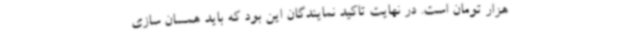
هزار تومان است. در نهایت تاکید نمایندگان این بود که باید همسان سازی